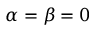
\alpha = \beta = 0